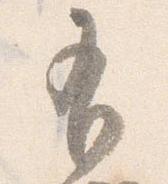
有